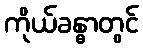
ကိုယ်ခန္ဓာတွင်